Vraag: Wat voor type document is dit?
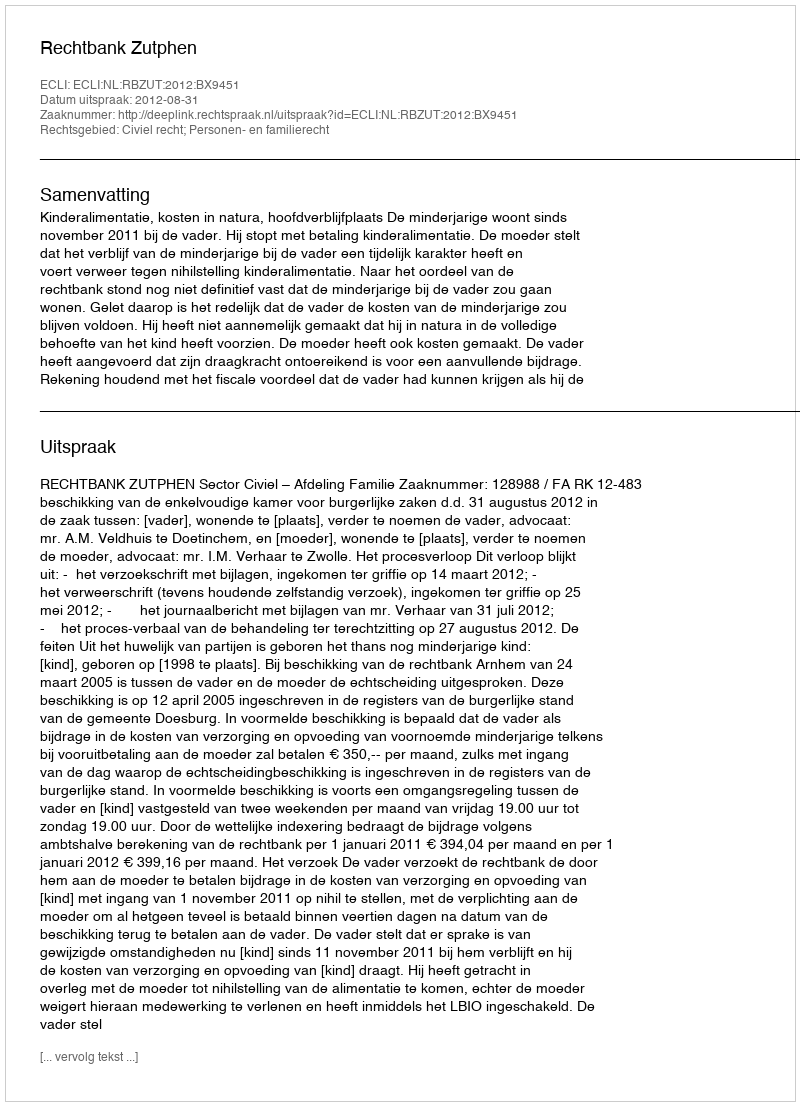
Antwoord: Uitspraak